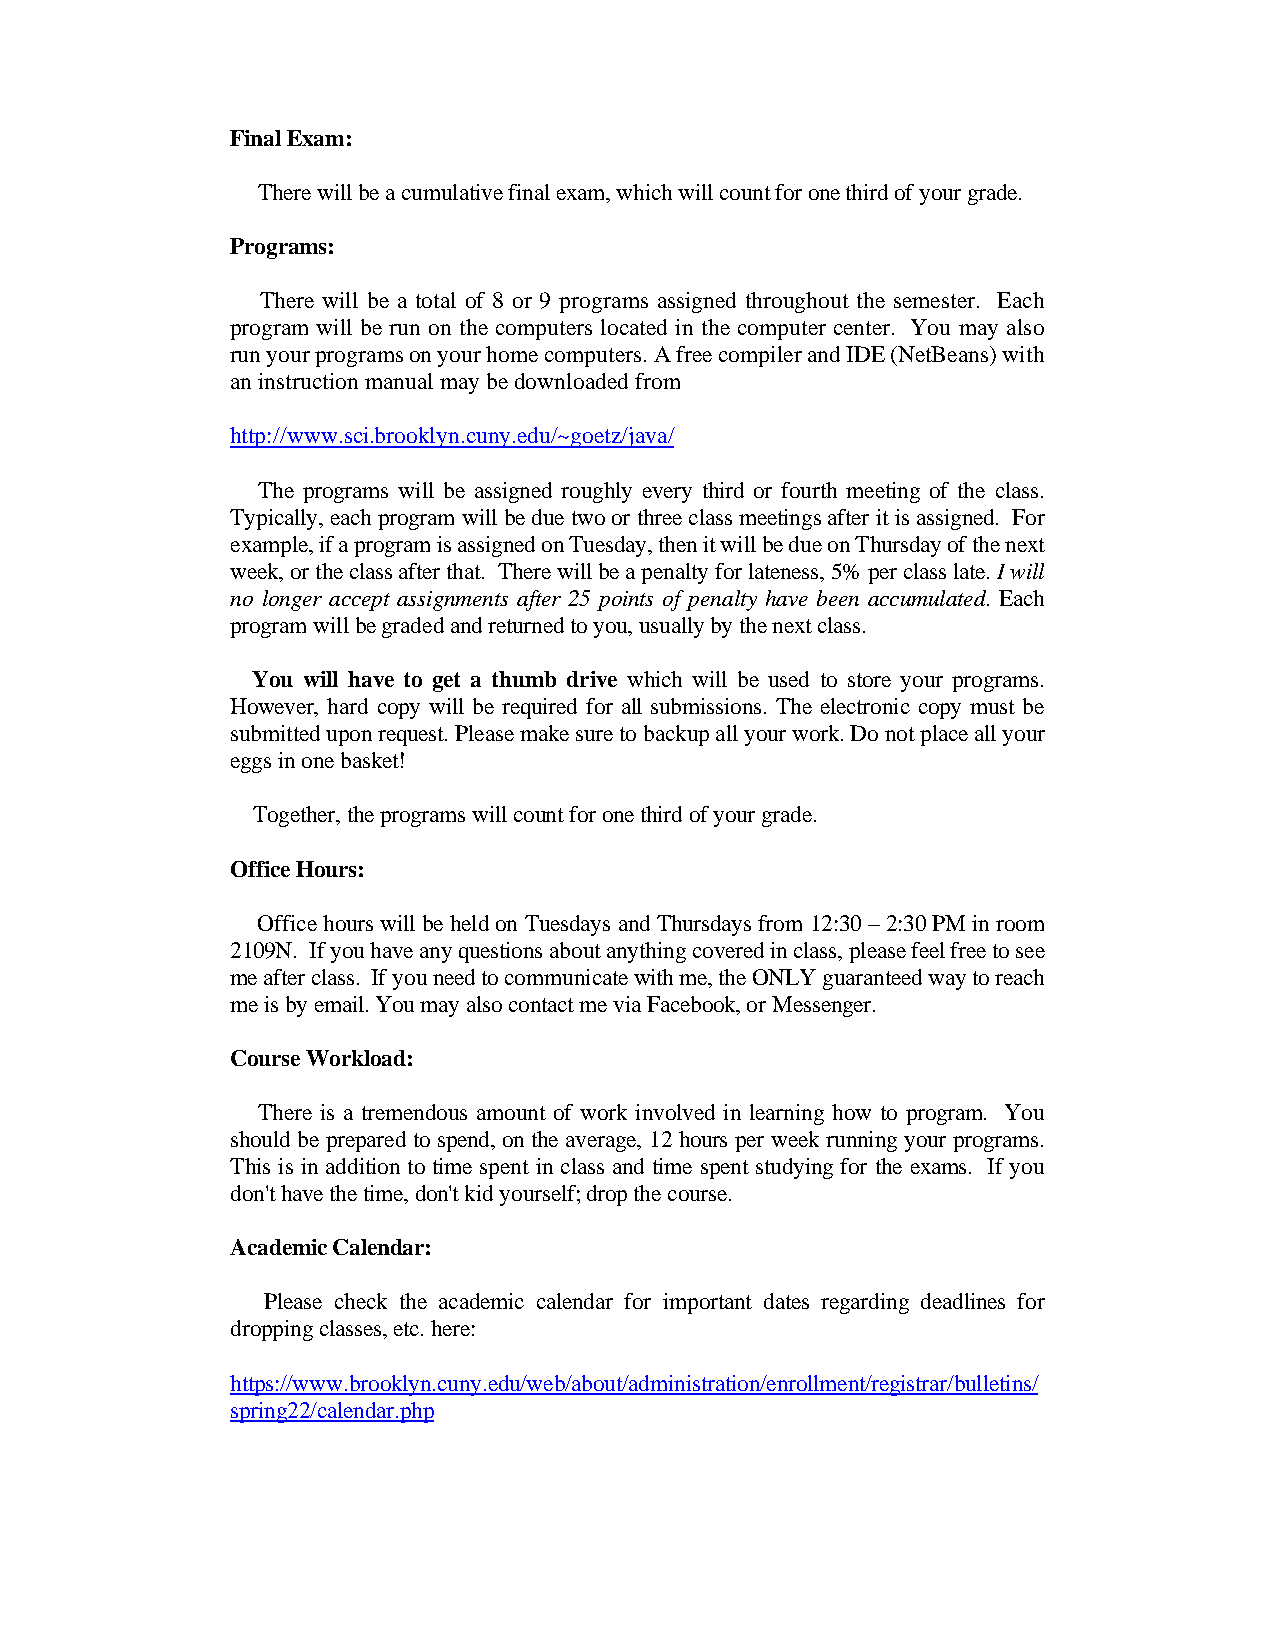
Final Exam:
 There will be a cumulative final exam, which will count for one third of your grade.
 Programs:
 There will be a total of 8 or 9 programs assigned throughout the semester. Each
 program will be run on the computers located in the computer center. You may also
 run your programs on your home computers. A free compiler and IDE (NetBeans) with
 an instruction manual may be downloaded from
 http://www.sci.brooklyn.cuny.edu/~goetz/java/
 The programs will be assigned roughly every third or fourth meeting of the class.
 Typically, each program will be due two or three class meetings after it is assigned. For
 example, if a program is assigned on Tuesday, then it will be due on Thursday of the next
 week, or the class after that. There will be a penalty for lateness, 5% per class late. I will
 no longer accept assignments after 25 points of penalty have been accumulated. Each
 program will be graded and returned to you, usually by the next class.
 You will have to get a thumb drive which will be used to store your programs.
 However, hard copy will be required for all submissions. The electronic copy must be
 submitted upon request. Please make sure to backup all your work. Do not place all your
 eggs in one basket!
 Together, the programs will count for one third of your grade.
 Office Hours:
 Office hours will be held on Tuesdays and Thursdays from 12:30 – 2:30 PM in room
 2109N. If you have any questions about anything covered in class, please feel free to see
 me after class. If you need to communicate with me, the ONLY guaranteed way to reach
 me is by email. You may also contact me via Facebook, or Messenger.
 Course Workload:
 There is a tremendous amount of work involved in learning how to program. You
 should be prepared to spend, on the average, 12 hours per week running your programs.
 This is in addition to time spent in class and time spent studying for the exams. If you
 don't have the time, don't kid yourself; drop the course.
 Academic Calendar:
 Please check the academic calendar for important dates regarding deadlines for
 dropping classes, etc. here:
 https://www.brooklyn.cuny.edu/web/about/administration/enrollment/registrar/bulletins/
 spring22/calendar.php